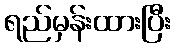
ရည်မှန်းထားပြီး